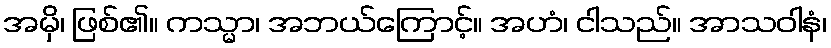
အမှိ၊ ဖြစ်၏။ ကသ္မာ၊ အဘယ်ကြောင့်။ အဟံ၊ ငါသည်။ အာသဝါနံ၊